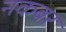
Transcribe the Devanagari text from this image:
नकबर